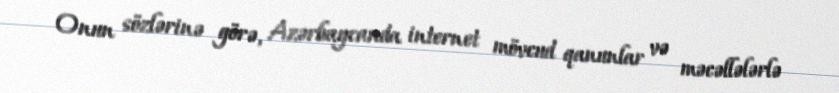
Onun sözlərinə görə, Azərbaycanda internet mövcud qanunlar və məcəllələrlə